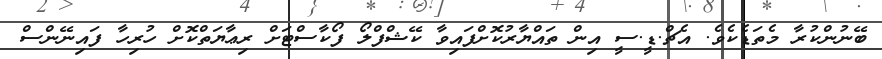
ބޭނުންކުރާ މެތަޑެކެވެ. އެޗް.ޑީ.ސީ އިން ތައްޔާރުކޮށްފައިވާ ކޭޝްފްލޯ ފޯކާސްޓަށް ރިޢާޔަތްކޮށް ހުރިހާ ފައިނޭންސް